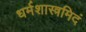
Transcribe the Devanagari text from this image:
धर्मशास्त्रमिदं